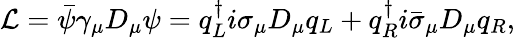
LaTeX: {\cal L}=\bar{\psi}\gamma_{\mu}D_{\mu}\psi=q_{L}^{\dagger}i\sigma_{\mu}D_{\mu}q_{L}+q_{R}^{\dagger}i\bar{\sigma}_{\mu}D_{\mu}q_{R},